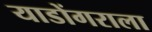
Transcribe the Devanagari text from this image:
याडोंगराला